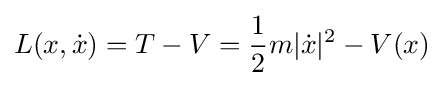
L(x,{\dot {x}})=T-V={\frac {1}{2}}m|{\dot {x}}|^{2}-V(x)